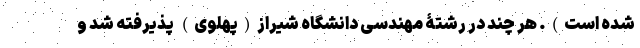
شده است). هر چند در رشتۀ مهندسی دانشگاه شیراز(پهلوی) پذیرفته شد و